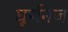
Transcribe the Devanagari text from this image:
घूर्णनज